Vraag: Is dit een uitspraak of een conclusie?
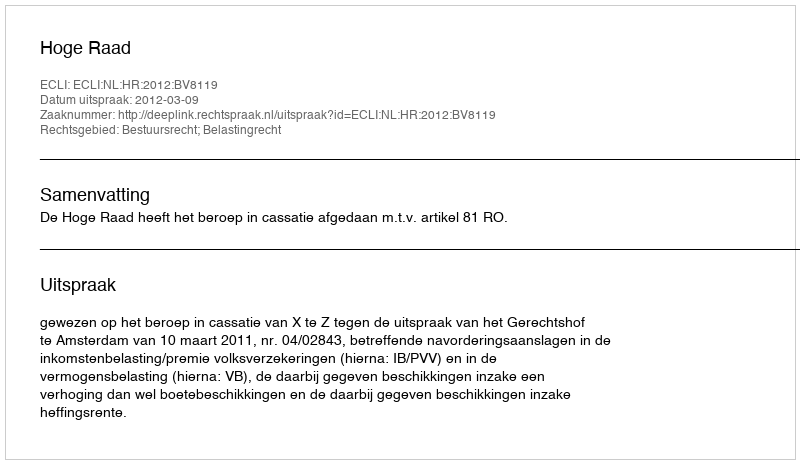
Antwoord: Uitspraak